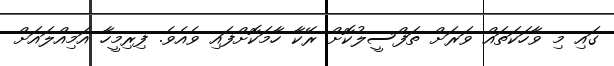
ގައި މި ވާހަކަތައް ވަރަށް ތަފްސީލުކޮށް ރޭކާ ހާމަކޮށްފައި ވެއެވެ. ފިރިމީހާ އަމިއްލައަށް